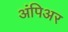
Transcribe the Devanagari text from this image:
अंपिअर